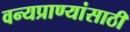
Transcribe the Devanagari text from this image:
वन्यप्राण्यांसाठी